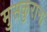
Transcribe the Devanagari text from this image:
मुसकुराना